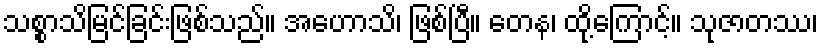
သစ္စာသိမြင်ခြင်းဖြစ်သည်။ အဟောသိ၊ ဖြစ်ပြီ။ တေန၊ ထို့ကြောင့်။ သုဇာတဿ၊